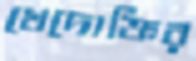
খেদোক্তির